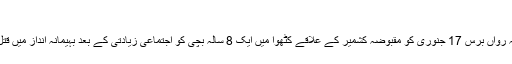
'
واضح رہے کہ رواں برس 17 جنوری کو مقبوضہ کشمیر کے علاقے کٹھوا میں ایک 8 سالہ بچی کو اجتماعی زیادتی کے بعد بہیمانہ انداز میں قتل کردیا گیا تھا۔